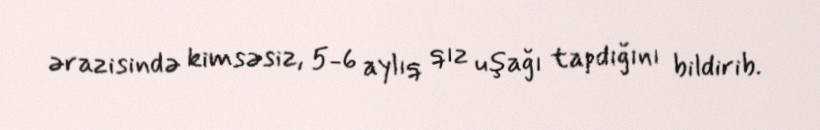
ərazisində kimsəsiz, 5-6 aylıq qız uşağı tapdığını bildirib.